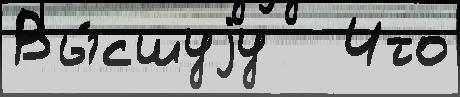
Вы́сшуjу   Что